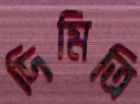
দিমিত্রি